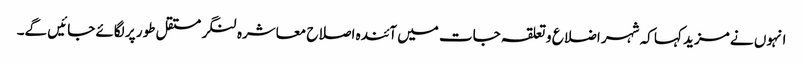
انہوں نے مزید کہا کہ شہر اضلاع و تعلقہ جات میں آئندہ اصلاح معاشرہ لنگر مستقل طور پر لگائے جائیں گے۔